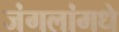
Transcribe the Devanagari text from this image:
जंगलांमधे